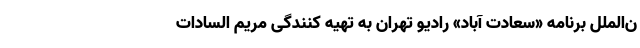
ن‌الملل برنامه «سعادت آباد» رادیو تهران به تهیه کنندگی مریم السادات